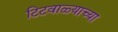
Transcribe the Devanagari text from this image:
टिटवाळ्याच्या